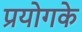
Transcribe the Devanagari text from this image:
प्रयोगके